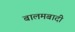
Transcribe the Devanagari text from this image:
बालमबादी